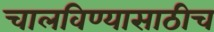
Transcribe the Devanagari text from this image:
चालविण्यासाठीच